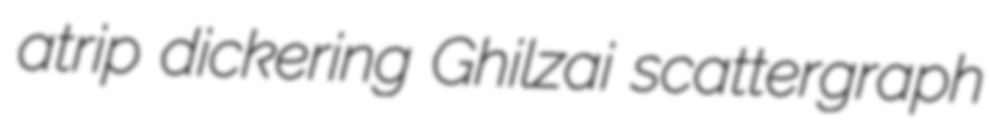
atrip dickering Ghilzai scattergraph